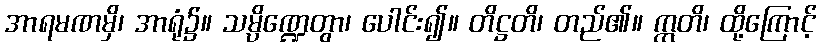
အာရမဏမှိ၊ အာရုံ၌။ သမ္ပိဏ္ဍေတွာ၊ ပေါင်း၍။ တိဋ္ဌတိ၊ တည်၏။ ဣတိ၊ ထို့ကြောင့်